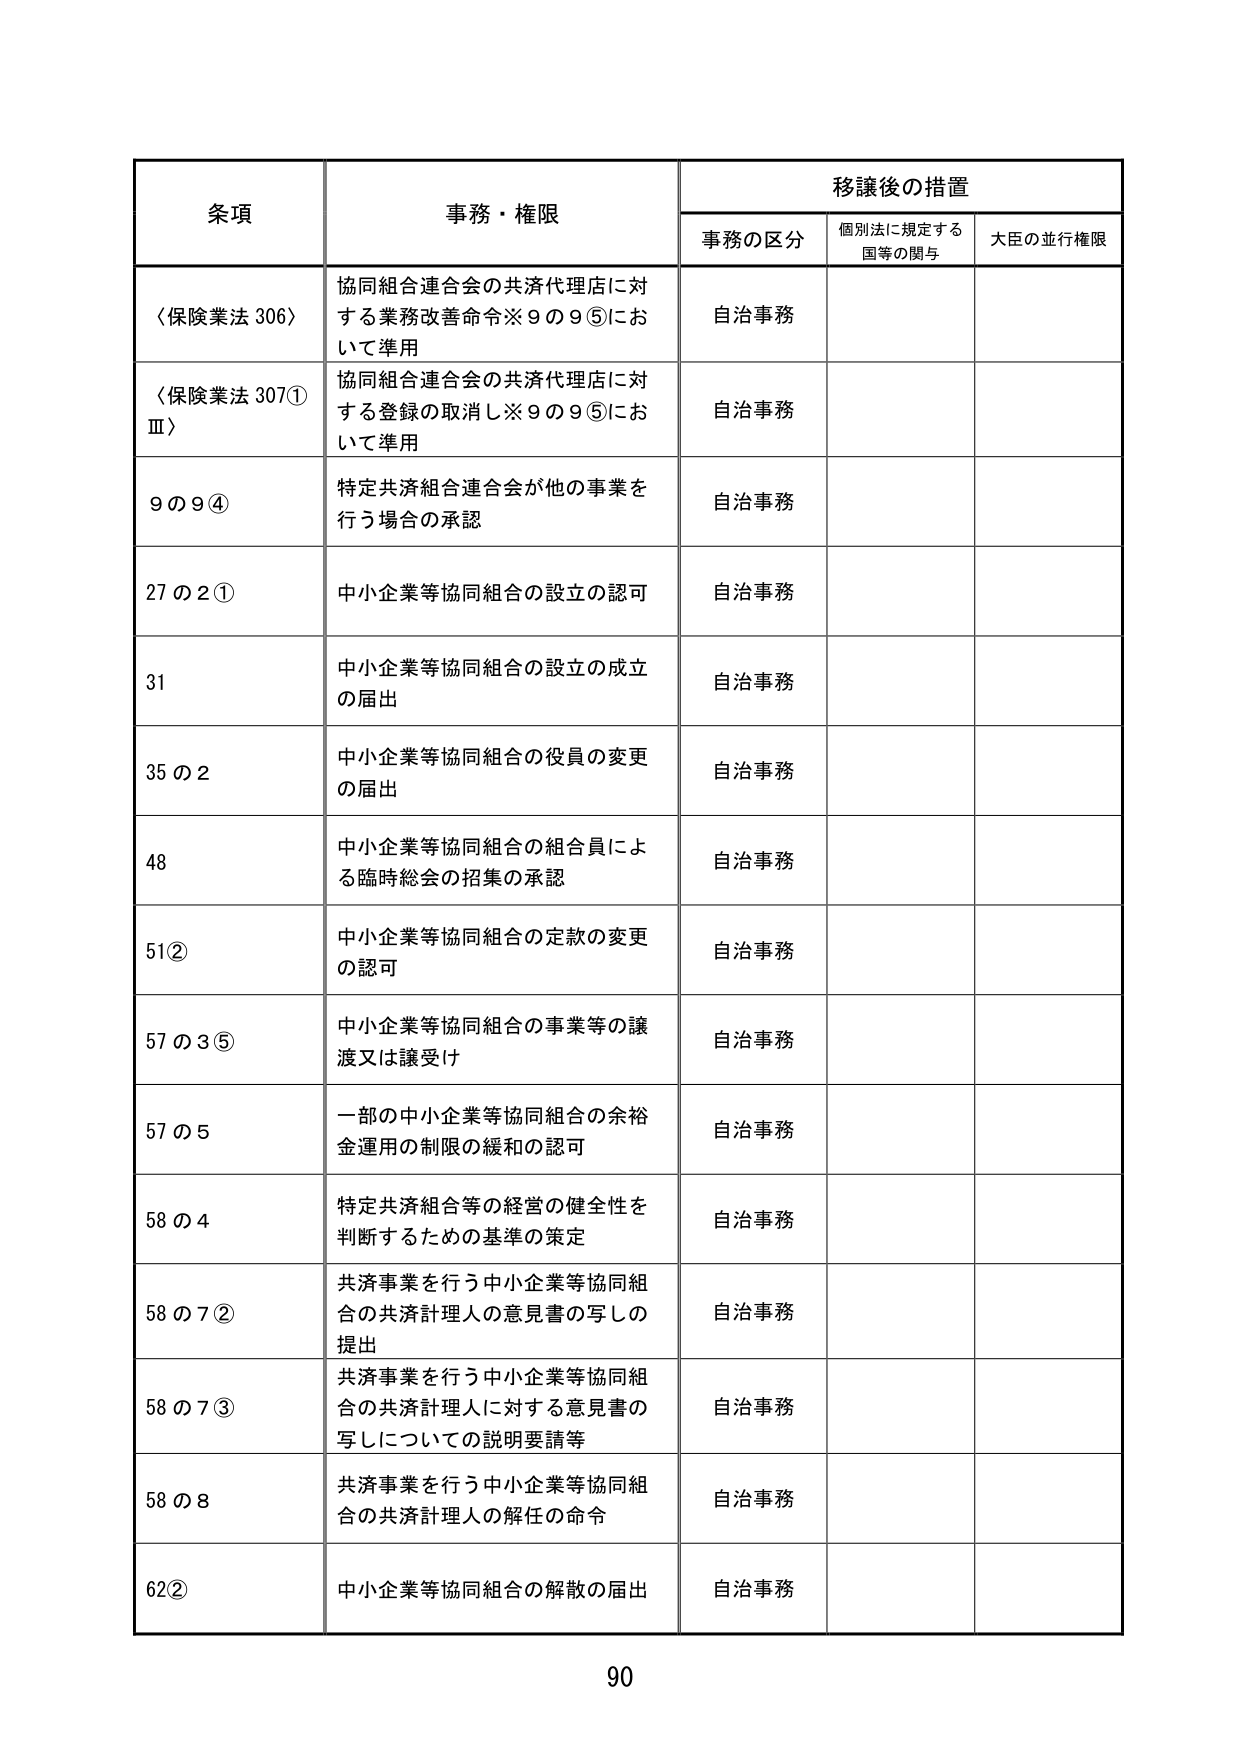
条項 事務・権限 移譲後の措置
事務の区分 個別法に規定する国等の関与 大臣の並行権限

〈保険業法 306〉 協同組合連合会の共済代理店に対する業務改善命令※9の9⑤において準用 自治事務

〈保険業法 307①Ⅲ〉 協同組合連合会の共済代理店に対する登録の取消し※9の9⑤において準用 自治事務

9の9④ 特定共済組合連合会が他の事業を行う場合の承認 自治事務

27の2① 中小企業等協同組合の設立の認可 自治事務

31 中小企業等協同組合の設立の成立の届出 自治事務

35の2 中小企業等協同組合の役員の変更の届出 自治事務

48 中小企業等協同組合の組合員による臨時総会の招集の承認 自治事務

51② 中小企業等協同組合の定款の変更の認可 自治事務

57の3⑤ 中小企業等協同組合の事業等の譲渡又は譲受け 自治事務

57の5 一部の中小企業等協同組合の余裕金運用の制限の緩和の認可 自治事務

58の4 特定共済組合等の経営の健全性を判断するための基準の策定 自治事務

58の7② 共済事業を行う中小企業等協同組合の共済計理人の意見書の写しの提出 自治事務

58の7③ 共済事業を行う中小企業等協同組合の共済計理人に対する意見書の写しについての説明要請等 自治事務

58の8 共済事業を行う中小企業等協同組合の共済計理人の解任の命令 自治事務

62② 中小企業等協同組合の解散の届出 自治事務

90